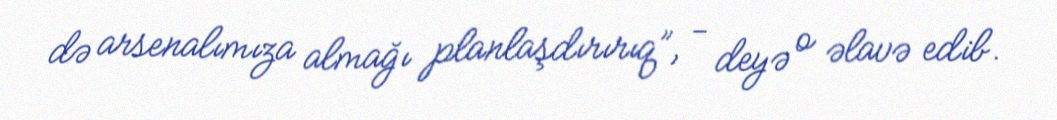
də arsenalımıza almağı planlaşdırırıq”, - deyə o əlavə edib.